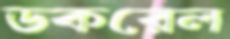
ডকরেল